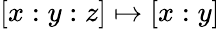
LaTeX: [x:y:z]\mapsto[x:y]